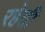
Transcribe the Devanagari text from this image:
रहेती